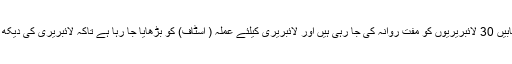
تقریباً 9 لاکھ روپیوں کی کتابیں 30 لائبریریوں کو مفت روانہ کی جا رہی ہیں اور لائبریری کیلئے عملہ ( اسٹاف) کو بڑھایا جا رہا ہے تاکہ لائبریری کی دیکھ بھال بحسن وخوبی ہو سکے۔